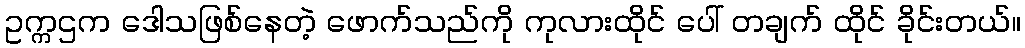
ဥက္ကဌက ဒေါသဖြစ်နေတဲ့ ဖောက်သည်ကို ကုလားထိုင် ပေါ် တချက် ထိုင် ခိုင်းတယ်။